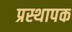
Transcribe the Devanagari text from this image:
प्रस्थापक